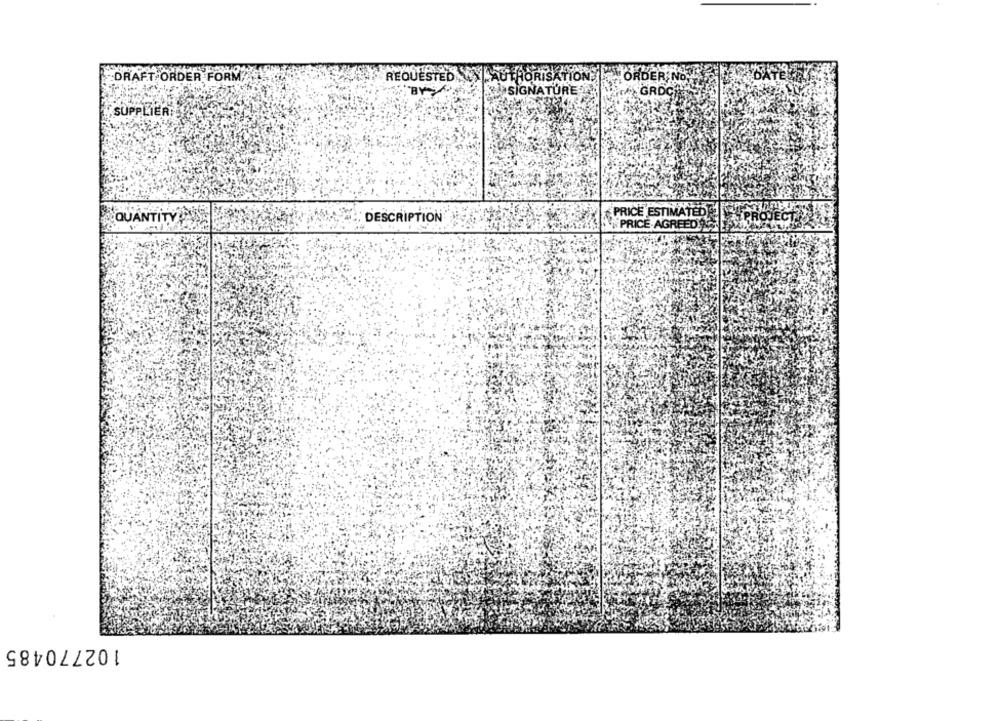
DRAFT ORDER FORM
REQUESTED \\ \ AUTHORISATION
ORDER No.
SIGNATURE
GRDC
SUPPLIER,
PRICE ESTIMATED 1
QUANTITY
DESCRIPTION
PRICE.AGREED
102770485